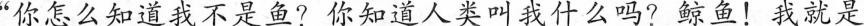
”你怎么知道我不是鱼?你知道人类叫我什么吗?鲸鱼！我就是